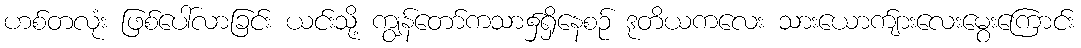
ဟစ်တလုံး ဖြစ်ပေါ်လာခြင်း ယင်းသို့ ကျွန်တော်ကသာ၌ရှိနေစဉ် ဒုတိယကလေး သားယောက်ျားလေးမွေးကြောင်း